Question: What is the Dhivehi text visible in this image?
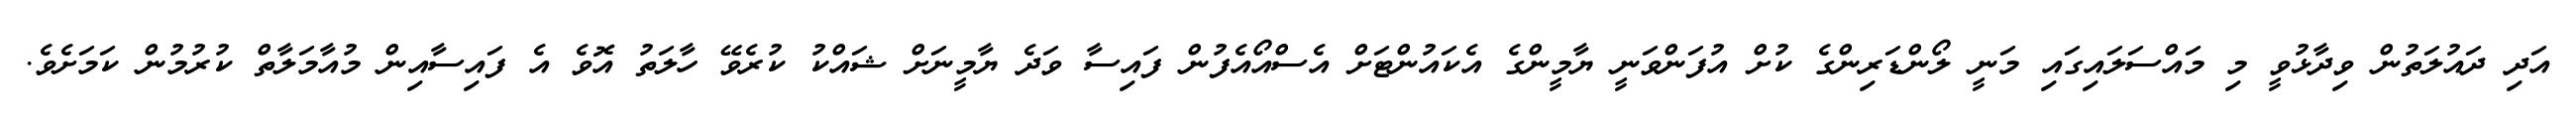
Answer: އަދި ދައުލަތުން ވިދާޅުވީ މި މައްސަލައިގައި މަނީ ލޯންޑަރިންގެ ކުށް އުފަންވަނީ ޔާމީންގެ އެކައުންޓަށް އެސްއޯއެފުން ފައިސާ ވަދެ ޔާމީނަށް ޝައްކު ކުރެވޭ ހާލަތު އޮވެ އެ ފައިސާއިން މުއާމަލާތް ކުރުމުން ކަމަށެވެ.